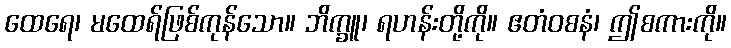
ထေရေ၊ မထေရ်ဖြစ်ကုန်သော။ ဘိက္ခူ၊ ရဟန်းတို့ကို။ ဧတံဝစနံ၊ ဤစကားကို။